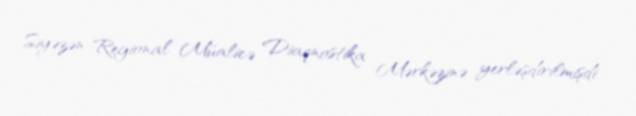
Siyəzən Regional Müalicə Diaqnostika Mərkəzinə yerləşdirilmişdi.